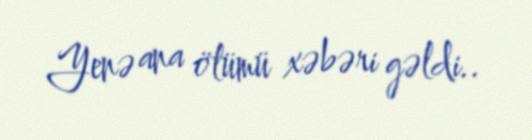
Yenə ana ölümü xəbəri gəldi..